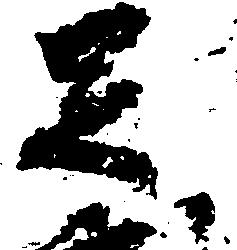
足